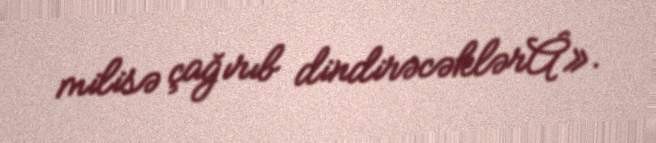
milisə çağırıb dindirəcəklərÂ».